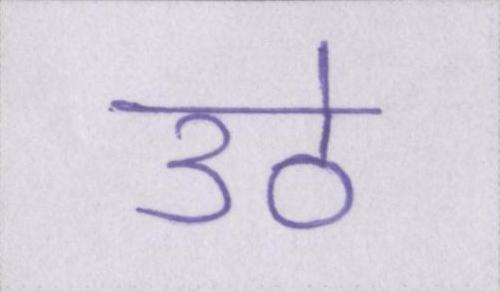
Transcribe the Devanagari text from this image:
उठे